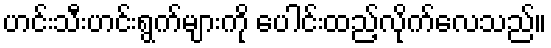
ဟင်းသီးဟင်းရွက်များကို ပေါင်းထည့်လိုက်လေသည်။